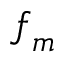
\boldsymbol { f } _ { m }